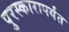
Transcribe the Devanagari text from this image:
पुरस्कारापर्यंत